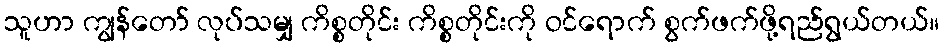
သူဟာ ကျွန်တော် လုပ်သမျှ ကိစ္စတိုင်း ကိစ္စတိုင်းကို ဝင်ရောက် စွက်ဖက်ဖို့ရည်ရွယ်တယ်။